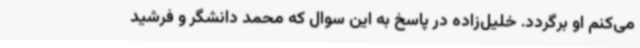
می‌کنم او برگردد. خلیل‌زاده در پاسخ به این سوال که محمد دانشگر و فرشید